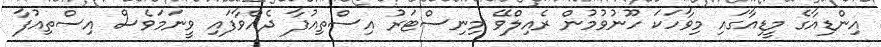
އިންޑިއާގެ މީޑިއާގައި މިވާހަކަ ހޫނުވުމުން ރެއިލްވޭ މިނިސްޓަރު އިސްތިއުފާ ދެއްވާފައި ވީނަމަވެސް އިސްތިއުފާ